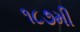
૧૮૭મી